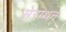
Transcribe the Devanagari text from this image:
मेराथन